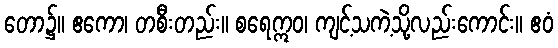
တော၌။ ဧကော၊ တစီးတည်း။ စရေဣဝ၊ ကျင့်သကဲ့သို့လည်းကောင်း။ ဧဝံ